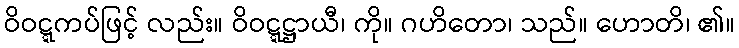
ဝိဝဋ္ဋကပ်ဖြင့် လည်း။ ဝိဝဋ္ဋဋ္ဌာယီ၊ ကို။ ဂဟိတော၊ သည်။ ဟောတိ၊ ၏။